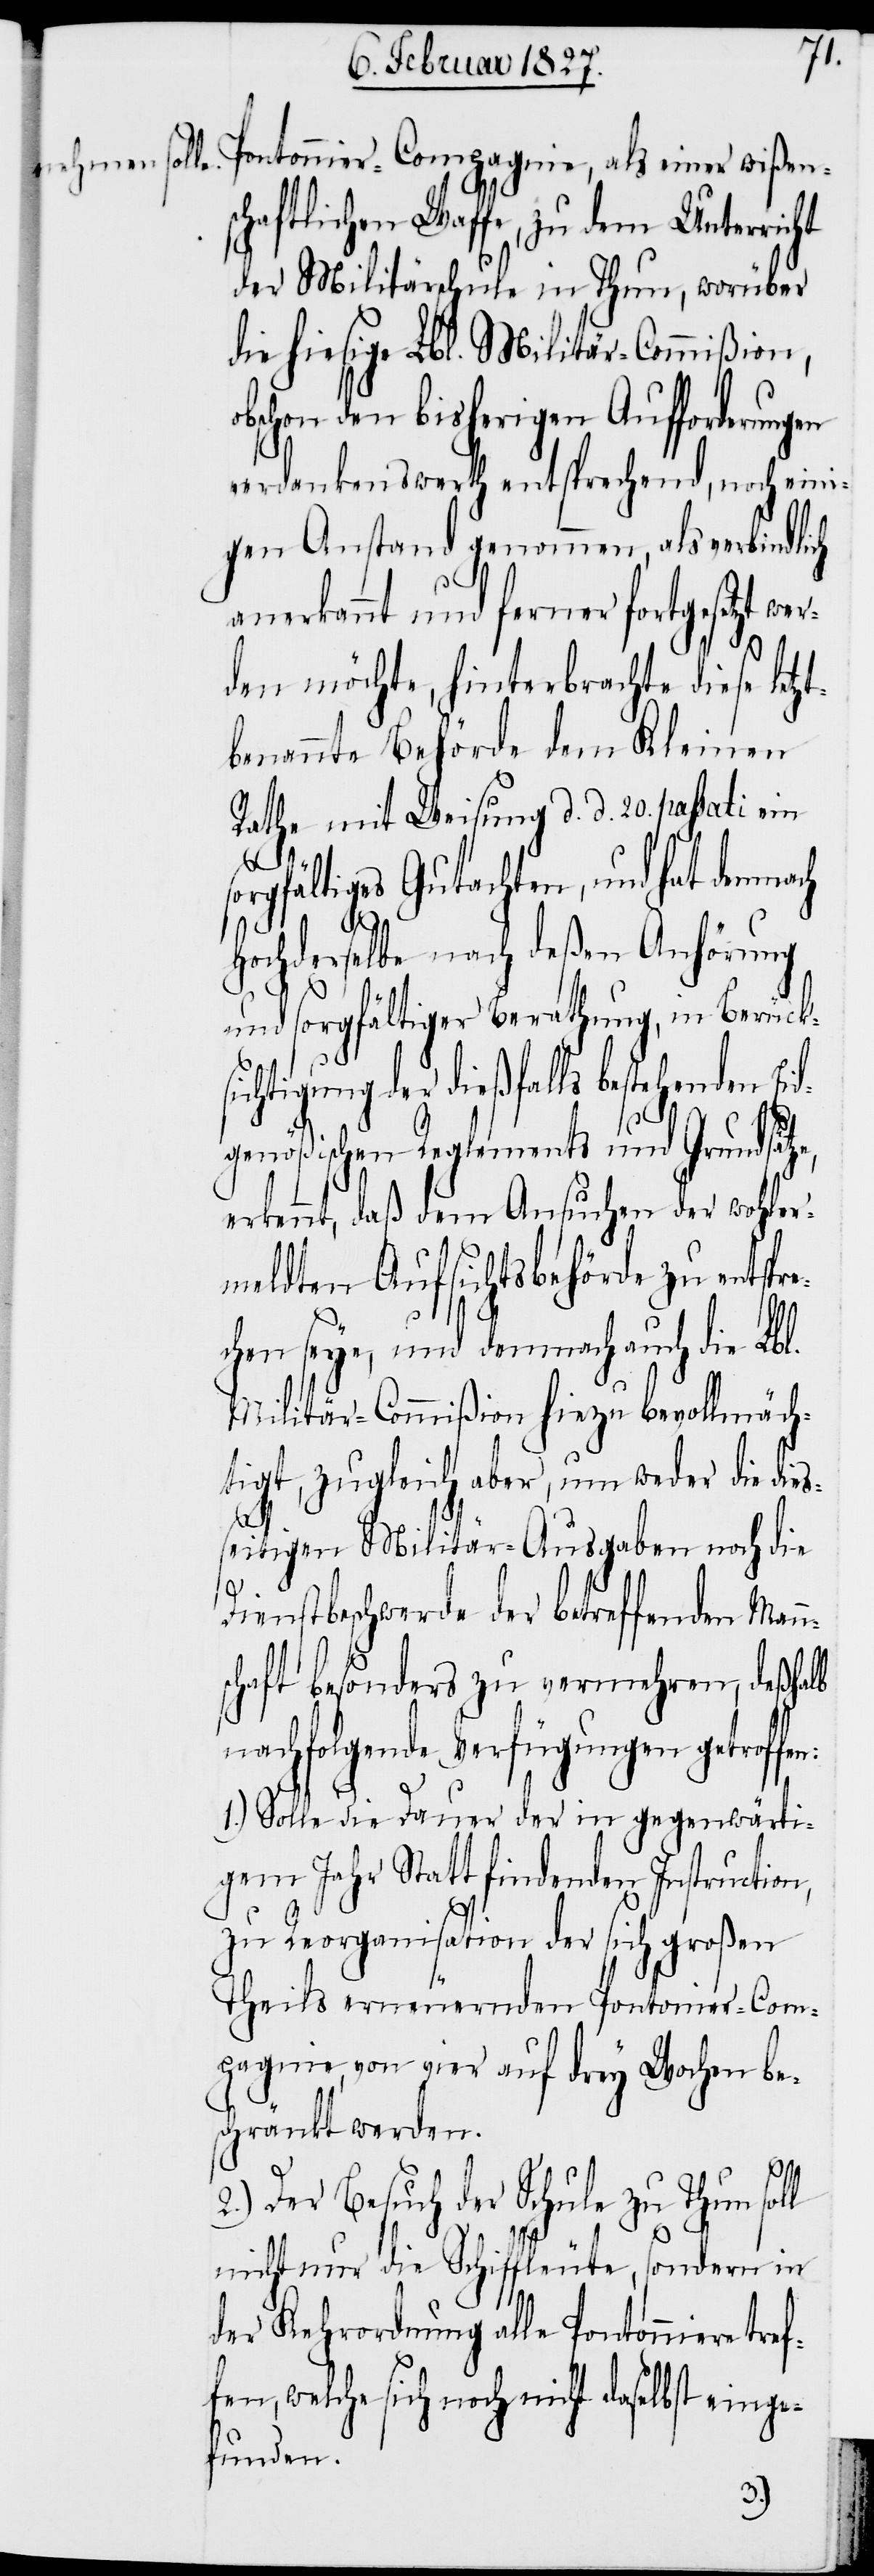
Pontonnier-Compagnie, als einer wißen¬
schaftlichen Waffe, zu dem Unterricht
der Militärschule in Thun, worüber
die hiesige Lbl. Militär-Commißion,
bschon den bisherigen Aufforderungen
verdankenswerth entsprechend, noch eini¬
gen Anstand genommen, als verbindlich
anerkannt und ferner fortgesetzt w¬
er¬
den möchte, hinterbrachte diese letz¬
tbenannte Behörde dem Kleinen
Rathe mit Weisung d. d. 20. passati ein
sorgfältiges Gutachten, und hat demnach
Hochderselbe nach deßen Anhörung
und sorgfältiger Berathung, in Berücksi¬
chtigung der dießfalls bestehenden
eing¬
genößischen Reglements und Grundsätz¬
erkennt, daß dem Ansuchen der wohler¬
meldten Aufsichtsbehörde zu entspr¬
chen seye, und demnach auch die Lbl.
Militär-Commißion hiezu bevollmäch¬
tigt, zugleich aber, um weder die dies¬
seitigen Militär-Ausgaben noch die
Dienstbeschwerde der betreffenden Mann¬
schaft besonders zu vermehren, deßhalb
nachfolgende Verfügungen getroffe¬
1.) Solle die Dauer der in gegenwärti¬
gem Jahr Statt findenden Instruction,
zu Reorganisation der sich großen
Theils erneuernden Pontonier-Com¬
pagnie, von vier auf drey Wochen be¬
schränkt werden.
2.) Der Besuch der Schule zu Thun soll
nicht nur die Schiffleute, sondern in
der Kehrordnung alle Pontonniere tref¬
efunden.